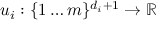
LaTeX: u _ { i } : \{ 1 \ldots m \} ^ { d _ { i } + 1 } \rightarrow \mathbb { R }